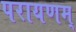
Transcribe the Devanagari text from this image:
परायणम्